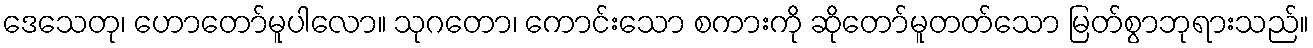
ဒေသေတု၊ ဟောတော်မူပါလော။ သုဂတော၊ ကောင်းသော စကားကို ဆိုတော်မူတတ်သော မြတ်စွာဘုရားသည်။